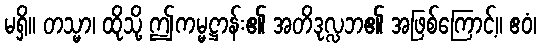
မရှိ။ တသ္မာ၊ ထိုသို့ ဤကမ္မဋ္ဌာန်း၏ အတိဒုလ္လဘ၏ အဖြစ်ကြောင့်။ ဧဝံ၊